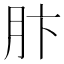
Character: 𫆘